Leningradi_Edasi_toimetus, lk 75
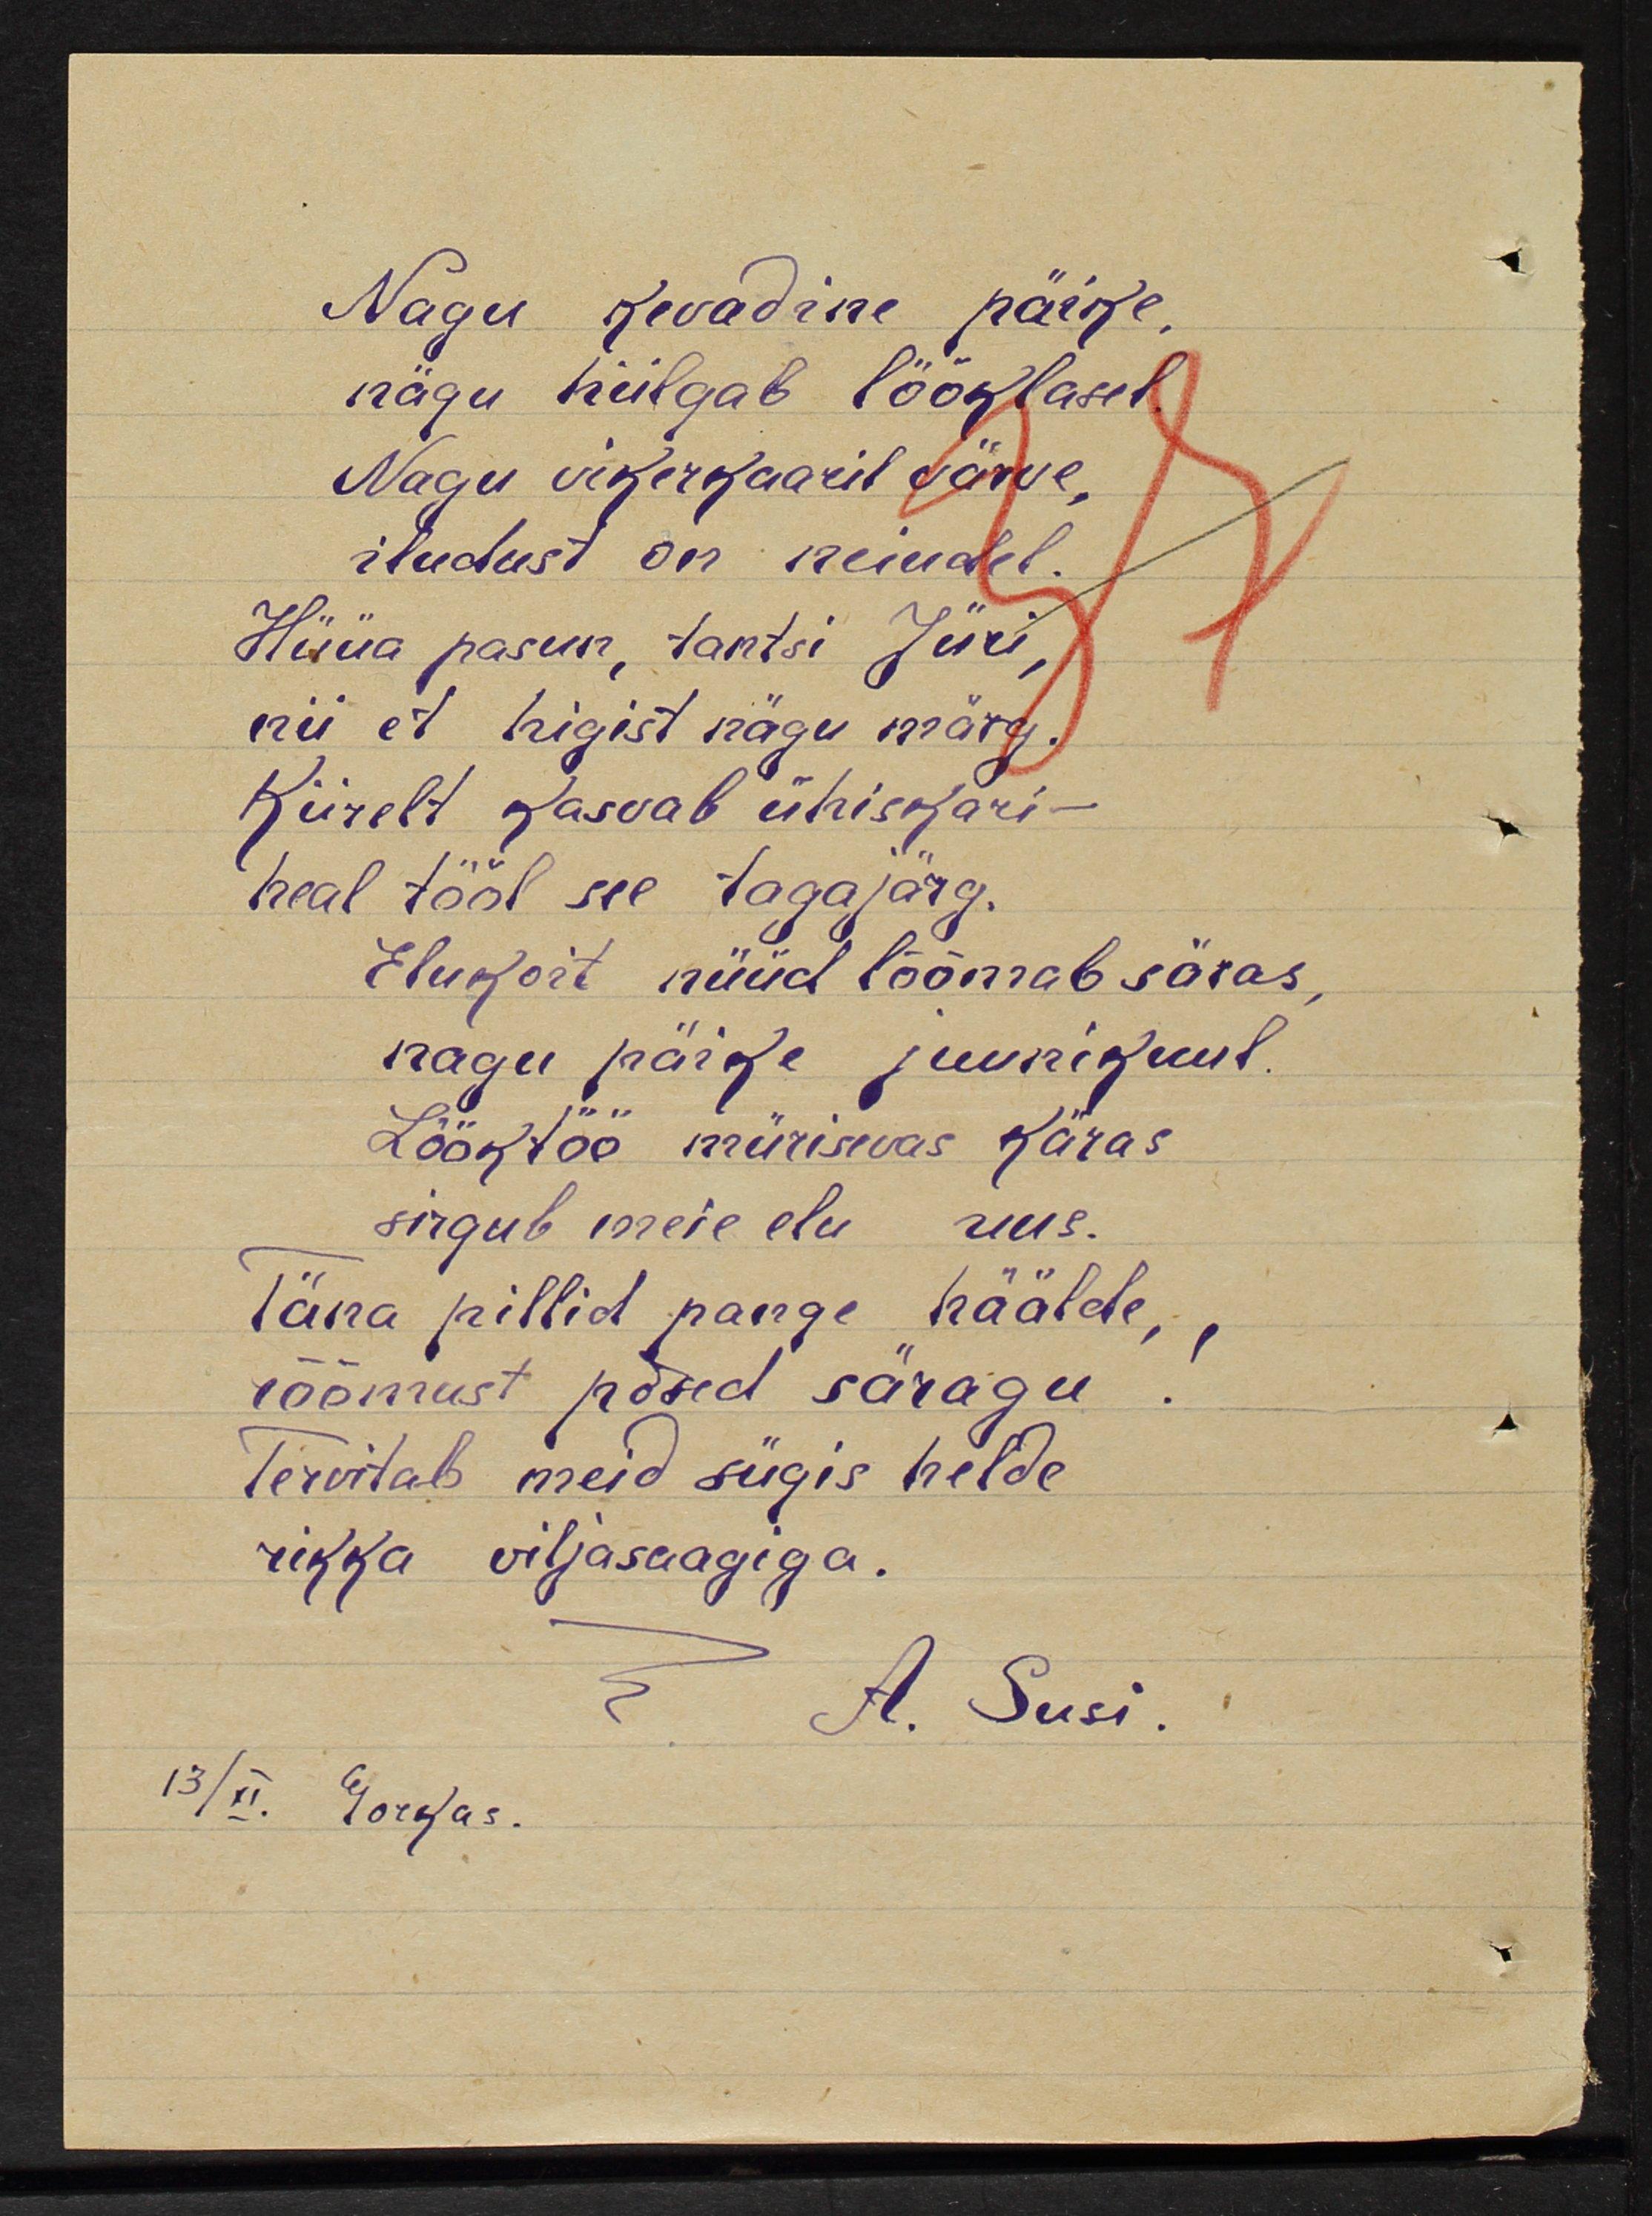
Nagu kevadine päike
nägu hiilgab lööklased.
nagu vikerkaaril värve,
iludust on neidudel.
Hüüa pasun, tantsi Jüri,
nii et higist nägu märg
Kiirelt kasvab ühiskari -
heal tööl see tagajärg.
Elukoht nüüd lõõmab säras,
nagu päike juunikuul
Lööktöö mürisevas käras
sirgub meie elu uus.
Täna pillid pange häälde,
rõõmust põsed säragu!
Tervitab meid sügis helde
rikka viljasaagiga.
A. Susi
13/XI. Gorkas.